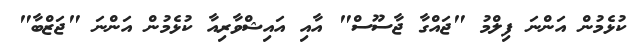
ކުޅެމުން އަންނަ ފިލްމު "ޖައްގާ ޖާސޫސް" އާއި އައިޝްވާރިއާ ކުޅެމުން އަންނަ "ޖަޒްބާ"